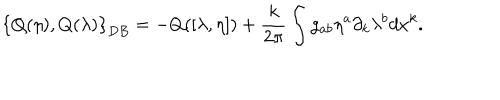
\left\{ Q ( \eta ) , Q ( \lambda ) \right\} _ { D B } = - Q ( [ \lambda , \eta ] ) + { \frac { k } { 2 \pi } } \int g _ { a b } \eta ^ { a } \partial _ { k } \lambda ^ { b } d x ^ { k } .